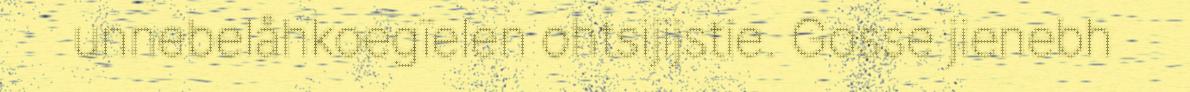
unnebelåhkoegïelen ohtsijijstie. Gosse jienebh